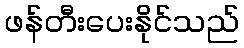
ဖန်တီးပေးနိုင်သည်